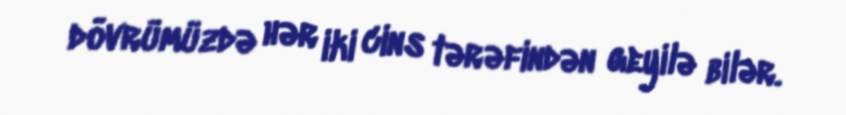
dövrümüzdə hər iki cins tərəfindən geyilə bilər.